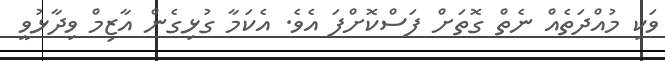
ވަކި މުއްދަތެއް ނެތް ގޮތަަށް ފަސްކޮށްފަ އެވެ. އެކަމާ ގުޅިގެން އާޒިމް ވިދާޅުވީ